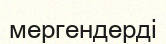
мергендерді